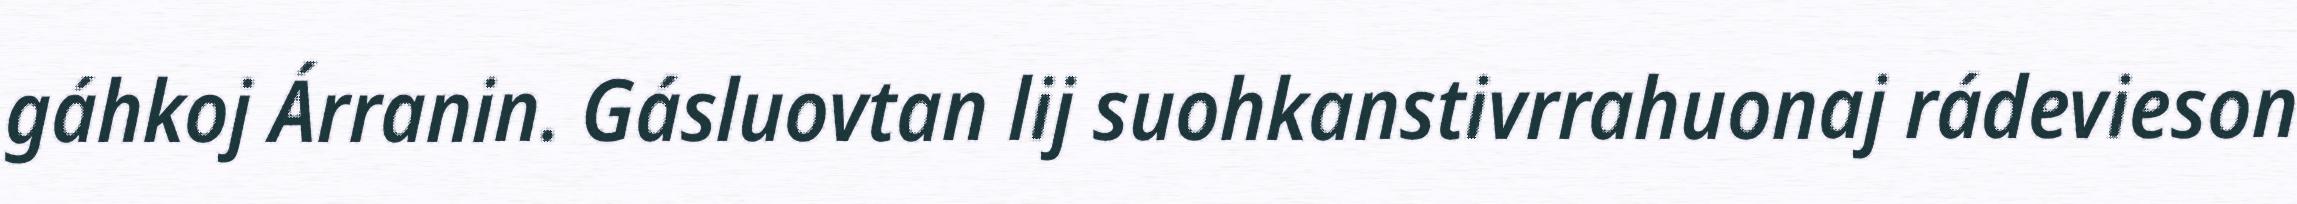
gáhkoj Árranin. Gásluovtan lij suohkanstivrrahuonaj rádevieson